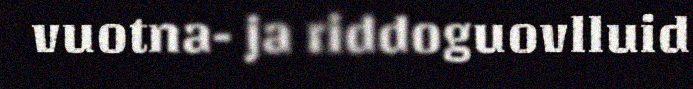
vuotna- ja riddoguovlluid